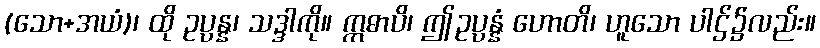
(သော+အယံ)၊ ထို ဥပ္ပန္န၊ သဒ္ဒါကို။ ဣဓာပိ၊ ဤဥပ္ပန္နံ ဟောတိ၊ ဟူသော ပါဌ်၌လည်း။